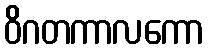
ဝိဂတကာလကော